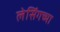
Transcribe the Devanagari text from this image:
लेसिंगच्या